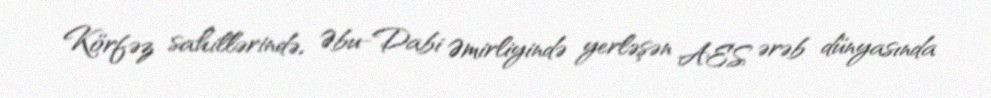
Körfəz sahillərində, Əbu-Dabi Əmirliyində yerləşən AES ərəb dünyasında